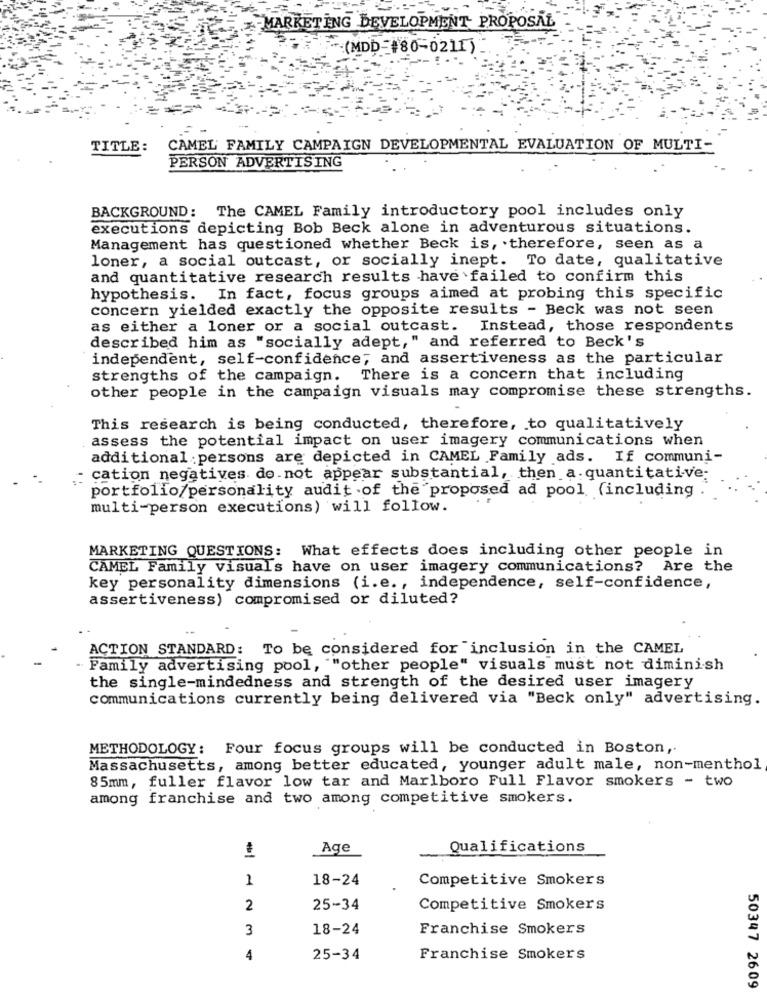
MARKETING DEVELOPMENT PROPOSAL
... (MDD-#80-0211)
TITLE:
CAMEL FAMILY CAMPAIGN DEVELOPMENTAL EVALUATION OF MULTI-
PERSON ADVERTISING
BACKGROUND: The CAMEL Family introductory pool includes only
executions depicting Bob Beck alone in adventurous situations.
Management has questioned whether Beck is, therefore, seen as a
loner, a social outcast, or socially inept. To date, qualitative
and quantitative research results have failed to confirm this
hypothesis. In fact, focus groups aimed at probing this specific
concern yielded exactly the opposite results - Beck was not seen
as either a loner or a social outcast. Instead, those respondents
described him as "socially adept," and referred to Beck's
independent, self-confidence; and assertiveness as the particular
strengths of the campaign.
There is a concern that including
other people in the campaign visuals may compromise these strengths.
This research is being conducted, therefore, to qualitatively
assess the potential impact on user imagery communications when
additional : persons are depicted in CAMEL Family ads. If communi-
cation negatives do not appear substantial, then a quantitative;
portfolio/personality audit .of the proposed ad pool (including ."
multi-person executions) will follow.
MARKETING QUESTIONS: What effects does including other people in
CAMEL Family visuals have on user imagery communications? Are the
key personality dimensions (i.e ., independence, self-confidence,
assertiveness) compromised or diluted?
ACTION STANDARD: To be considered for inclusion in the CAMEL
Family advertising pool, ""other people" visuals must not diminish
the single-mindedness and strength of the desired user imagery
communications currently being delivered via "Beck only" advertising.
METHODOLOGY: Four focus groups will be conducted in Boston ,.
Massachusetts, among better educated, younger adult male, non-menthol
85mm, fuller flavor low tar and Marlboro Full Flavor smokers - two
among franchise and two among competitive smokers.
Age
Qualifications
1
18-24
Competitive Smokers
2
25-34
Competitive Smokers
3
18-24
Franchise Smokers
4
25-34
Franchise Smokers
50347 2609